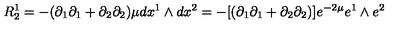
R _ { 2 } ^ { 1 } = - ( \partial _ { 1 } \partial _ { 1 } + \partial _ { 2 } \partial _ { 2 } ) \mu d x ^ { 1 } \wedge d x ^ { 2 } = - [ ( \partial _ { 1 } \partial _ { 1 } + \partial _ { 2 } \partial _ { 2 } ) ] e ^ { - 2 \mu } e ^ { 1 } \wedge e ^ { 2 }